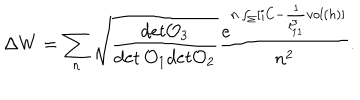
\Delta W = \sum _ { n } \sqrt { { \frac { d e t { \cal O } _ { 3 } } { \det { \cal O } _ { 1 } d e t { \cal O } _ { 2 } } } } { \frac { e ^ { n \int _ { \Sigma } [ i C - { \frac { 1 } { l _ { 1 1 } ^ { 3 } } } v o l ( h ) ] } } { n ^ { 2 } } } .